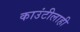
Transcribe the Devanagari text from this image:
काउंटीलाही